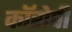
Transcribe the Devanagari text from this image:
कॉरोपी